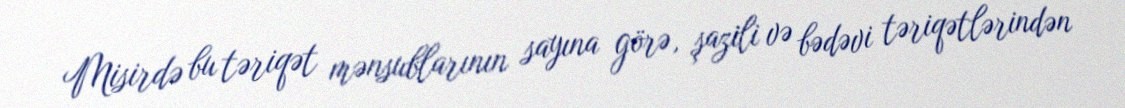
Misirdə bu təriqət mənsublarının sayına görə, şazili və bədəvi təriqətlərindən